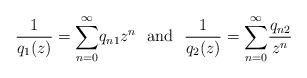
LaTeX: \begin{align*}\frac{1}{q_1(z)}=\overset{\infty}{\underset{n=0}{\sum}}q_{n1}z^n \ \ \mbox{and} \ \ \frac{1}{q_2(z)}=\overset{\infty}{\underset{n=0}{\sum}}\frac{q_{n2}}{z^n}\end{align*}